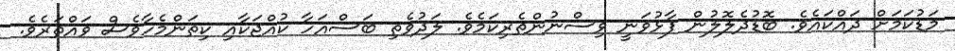
މަޑުކަމަށް ދައްކައެވެ. ބޮޑުދެލޮލުން ފާޅުވަނީ ވިސްނުންތެރިކަމެވެ. ލަދުވެތި ބަސްއަހާ ކުއްޖަކާއި ކިތަންމެހާވެސް ވައްތަރެވެ.